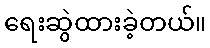
ရေးဆွဲထားခဲ့တယ်။